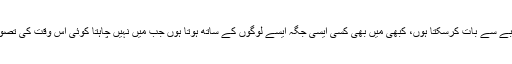
انہوں نے کہا کہ ٰمیں صرف اپنے تجربے سے بات کرسکتا ہوں، کبھی میں بھی کسی ایسی جگہ ایسے لوگوں کے ساتھ ہوتا ہوں جب میں نہیں چاہتا کوئی اس وقت کی تصویر لے، لیکن آپ کچھ کر نہیں سکتے‘۔